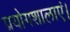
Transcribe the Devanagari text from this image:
प्रयोगशालाएं।